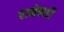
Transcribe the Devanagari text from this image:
राक्षेवाडी